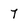
Character: 7